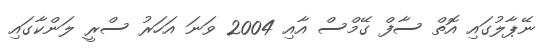
ނޭޕާލުގައި އޮތް ސާފް ގޭމްސް އާއި 2004 ވަނަ އަހަރު ސްރީ ލަންކާގައި